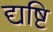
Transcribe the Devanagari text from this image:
द्यष्टि